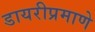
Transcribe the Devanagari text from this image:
डायरीप्रमाणे